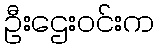
ဦးဌေးဝင်းက